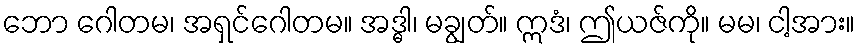
ဘော ဂေါတမ၊ အရှင်ဂေါတမ။ အဒ္ဓါ၊ မချွတ်။ ဣဒံ၊ ဤယဇ်ကို။ မမ၊ ငါ့အား။